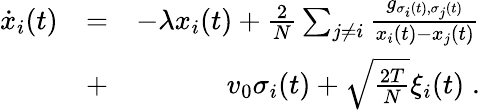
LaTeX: \begin{array}{rlr}{\dot{x}_{i}(t)}&{=}&{-\lambda x_{i}(t)+\frac{2}{N}\sum_{j\neq i}\frac{g_{\sigma_{i}(t),\sigma_{j}(t)}}{x_{i}(t)-x_{j}(t)}}\\ &{+}&{v_{0}\sigma_{i}(t)+\sqrt{\frac{2T}{N}}\xi_{i}(t)\; .}\end{array}